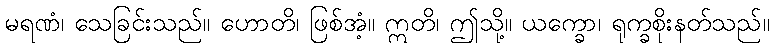
မရဏံ၊ သေခြင်းသည်။ ဟောတိ၊ ဖြစ်အံ့။ ဣတိ၊ ဤသို့။ ယက္ခော၊ ရုက္ခစိုးနတ်သည်။